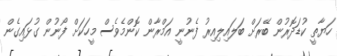
ހަޔާތީ ކުޑަދޮރުން ބޭރަށް ބަލައިލިއިރު ފެނުނީ އަމްރާން ކޮންމެވެސް މީހަކަށް ފޯނުން ގުޅައިގެން